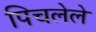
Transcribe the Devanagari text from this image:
पिचलेले